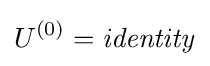
U^{(0)}={\mathit {identity}}